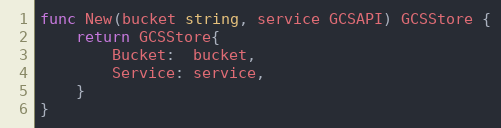
Language: Go
func New(bucket string, service GCSAPI) GCSStore {
	return GCSStore{
		Bucket:  bucket,
		Service: service,
	}
}